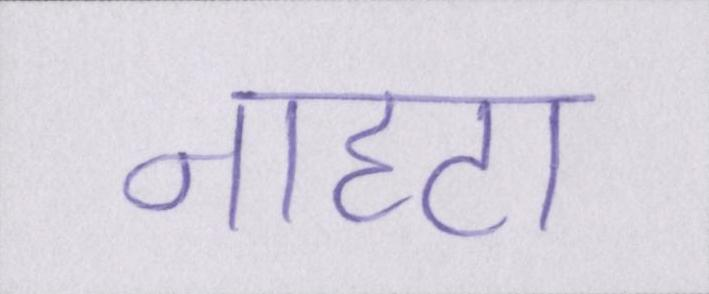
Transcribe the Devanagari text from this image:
नाहटा